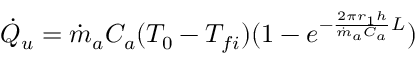
\begin{array} { r } { { \dot { Q } } _ { u } = { \dot { m } } _ { a } C _ { a } ( T _ { 0 } - T _ { f i } ) ( 1 - e ^ { - \frac { 2 { \pi r } _ { 1 } h } { { \dot { m } } _ { a } C _ { a } } L } ) } \end{array}